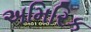
અમિરિક